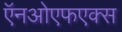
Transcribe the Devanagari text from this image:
ऍनओएफएक्स